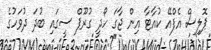
ޕޮލިސް އެފްއޭ ކުއާޓާ އިން ޖާގަ ހޯދީ ގުރޫޕް ސީގައި ބުދަ ދުވަހުގެ